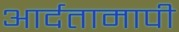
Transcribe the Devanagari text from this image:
आर्दतामापी